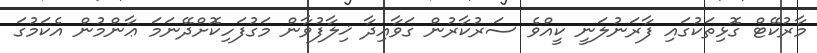
މާރުކޭޓް ގޮޅިތަކުގައި ފާރަނުލަނީ ކީއްވެ ސަރުކާރުން ގަވާއިދާ ޚިލާފުވާން މަގުފަހިކޮށްދޭނަމަ ޢާންމުން އެކަމުގަ